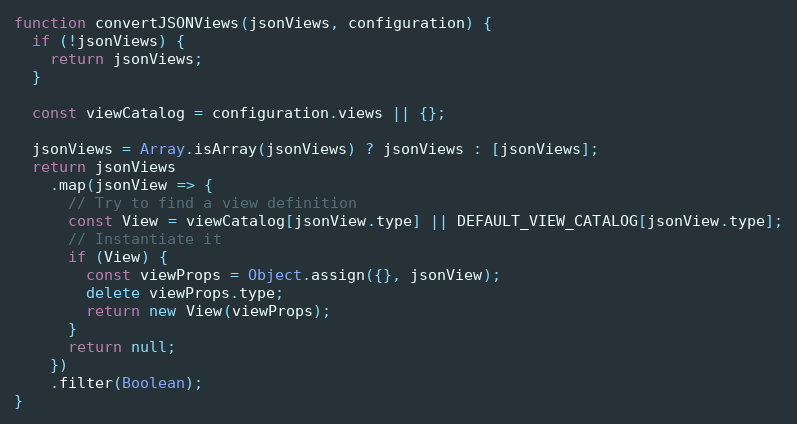
Language: JavaScript
function convertJSONViews(jsonViews, configuration) {
  if (!jsonViews) {
    return jsonViews;
  }

  const viewCatalog = configuration.views || {};

  jsonViews = Array.isArray(jsonViews) ? jsonViews : [jsonViews];
  return jsonViews
    .map(jsonView => {
      // Try to find a view definition
      const View = viewCatalog[jsonView.type] || DEFAULT_VIEW_CATALOG[jsonView.type];
      // Instantiate it
      if (View) {
        const viewProps = Object.assign({}, jsonView);
        delete viewProps.type;
        return new View(viewProps);
      }
      return null;
    })
    .filter(Boolean);
}